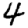
Digit: 4